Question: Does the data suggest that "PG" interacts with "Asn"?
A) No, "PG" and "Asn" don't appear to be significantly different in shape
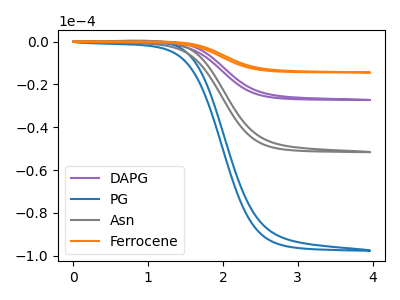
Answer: <think>The purple curve "DAPG" has no peaks. The blue curve "PG" has no peaks. The gray curve "Asn" has no peaks. The orange curve "Ferrocene" has no peaks.
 Neither "PG" or "Asn" have any peaks.</think>
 <answer>A) No, "PG" and "Asn" don't appear to be significantly different in shape</answer>
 <eval>A</eval>